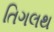
તિગલથ